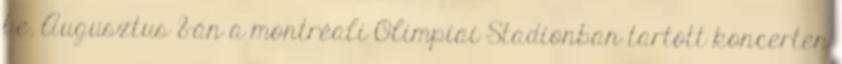
be. Augusztus 8-án a montréali Olimpiai Stadionban tartott koncerten